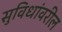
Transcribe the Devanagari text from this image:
सुविधांवरील